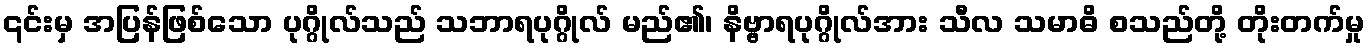
၎င်းမှ အပြန်ဖြစ်သော ပုဂ္ဂိုလ်သည် သဘာရပုဂ္ဂိုလ် မည်၏၊ နိဗ္ဗာရပုဂ္ဂိုလ်အား သီလ သမာဓိ စသည်တို့ တိုးတက်မှု